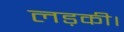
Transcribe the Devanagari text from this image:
लड़की।